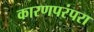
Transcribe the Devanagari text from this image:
कारणपरंपरा